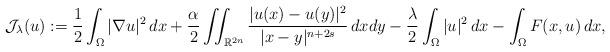
LaTeX: \begin{align*}\mathcal{J}_{\lambda}(u) := \dfrac{1}{2}\int_{\Omega}|\nabla u|^2 \, dx + \dfrac{\alpha}{2}\iint_{\mathbb{R}^{2n}} \dfrac{|u(x)-u(y)|^2}{|x-y|^{n+2s}}\, dxdy - \dfrac{\lambda}{2} \int_{\Omega}|u|^2 \, dx - \int_{\Omega}F(x,u)\, dx,\end{align*}